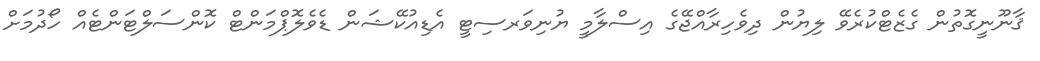
ޤާނޫނީގޮތުން ގެޒެޓްކުރެވޭ ލިޔުން ދިވެހިރާއްޖޭގެ އިސްލާމީ ޔުނިވަރސިޓީ އެޑިއުކޭޝަން ޑެވެލޮޕްމަންޓް ކޮންސަލްޓަންޓެއް ހޯދުމަށް